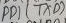
Text: PD1